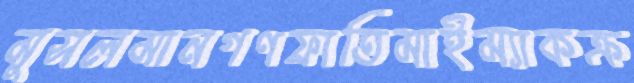
মুসলমানগণফাতিমাইম্যাকক্র